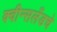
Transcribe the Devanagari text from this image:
क्वीन्सलँडचे